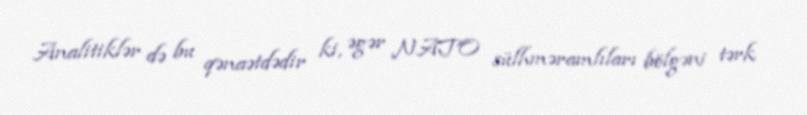
Analitiklər də bu qənaətdədir ki, əgər NATO sülhməramlıları bölgəni tərk